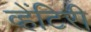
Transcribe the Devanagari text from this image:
व्हेंटिरी